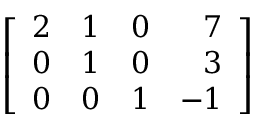
\left[ { \begin{array} { r r r r } { 2 } & { 1 } & { 0 } & { 7 } \\ { 0 } & { 1 } & { 0 } & { 3 } \\ { 0 } & { 0 } & { 1 } & { - 1 } \end{array} } \right]